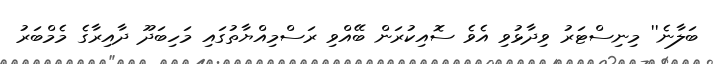
ބަލާނެ'' މިނިސްޓަރު ވިދާޅުވި އެވެ ސޮއިކުރަން ބޭއްވި ރަސްމިއްޔާތުގައި މަހިބަދޫ ދާއިރާގެ މެމްބަރު